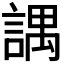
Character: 𧪓